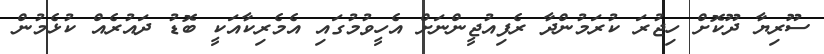
ސޫރިޔާ ދޫކޮށް ހިޖުރަ ކުރަމުންދާ ރެފިއުޖީންނަށް އެހީވުމުގައި އެމެރިކާއަކީ ބޮޑު ދައުރެއް ކުޅެމުން